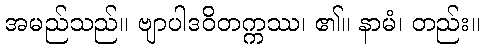
အမည်သည်။ ဗျာပါဒဝိတက္ကဿ၊ ၏။ နာမံ၊ တည်း။